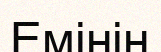
Емінің